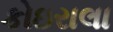
કોઇરાલા